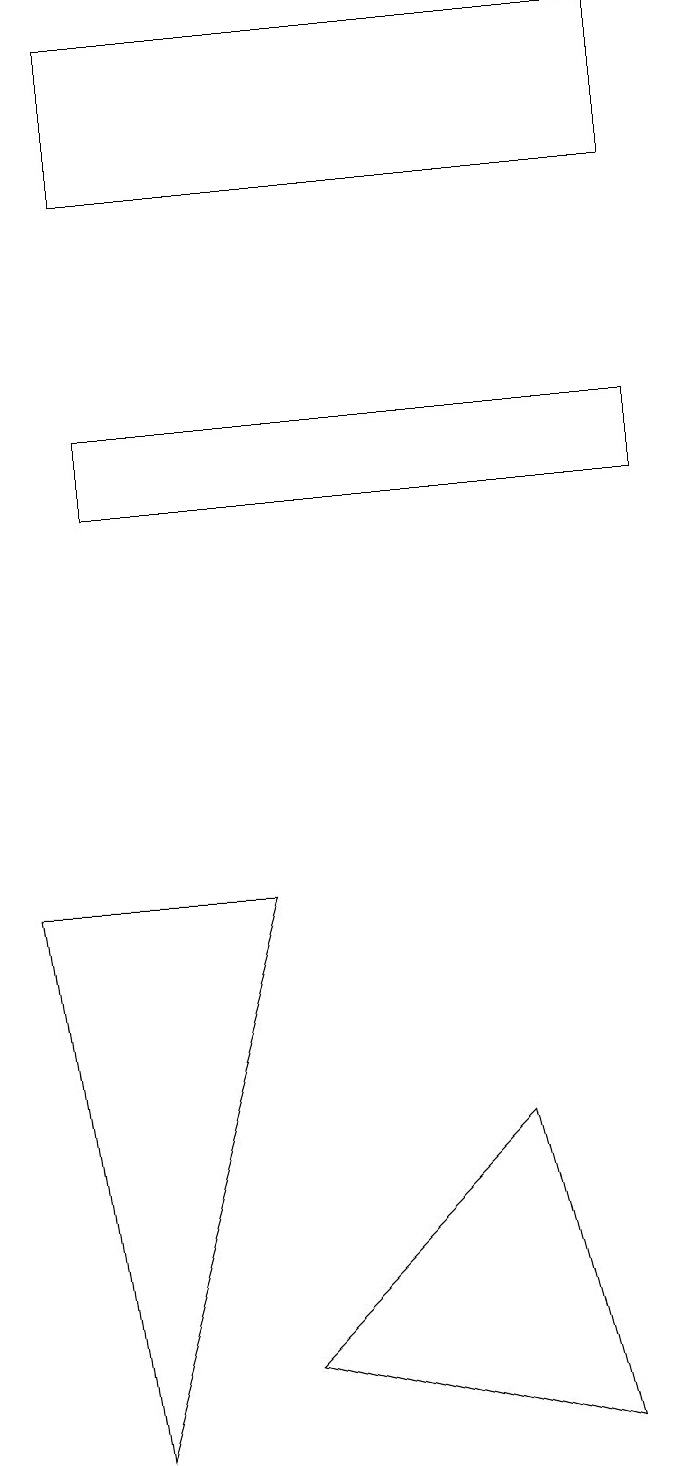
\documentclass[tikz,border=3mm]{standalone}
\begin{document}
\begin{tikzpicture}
\draw (2,12) rectangle (9,13);
\draw (9,18) rectangle (2,16);
\draw (7,4) -- (4,1) -- (8,0) -- cycle;
\draw (1,7) -- (4,7) -- (2,0) -- cycle;
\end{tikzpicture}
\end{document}